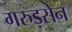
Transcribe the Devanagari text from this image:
गरुड़सेन